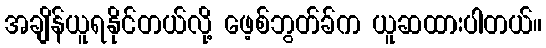
အချိန်ယူရနိုင်တယ်လို့ ဖေ့စ်ဘွတ်ခ်က ယူဆထားပါတယ်။